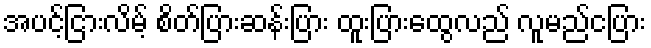
အပင့်ငြားလိမ့် စိတ်ပြားဆန်းပြား ထူးပြားထွေလည် လူမည်ငပြား